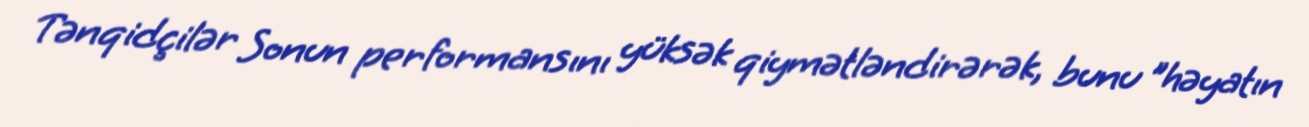
Tənqidçilər Sonun performansını yüksək qiymətləndirərək, bunu "həyatın